Vaccination Hyderabad 1872-1889 - 1872-1889
Year: 1872
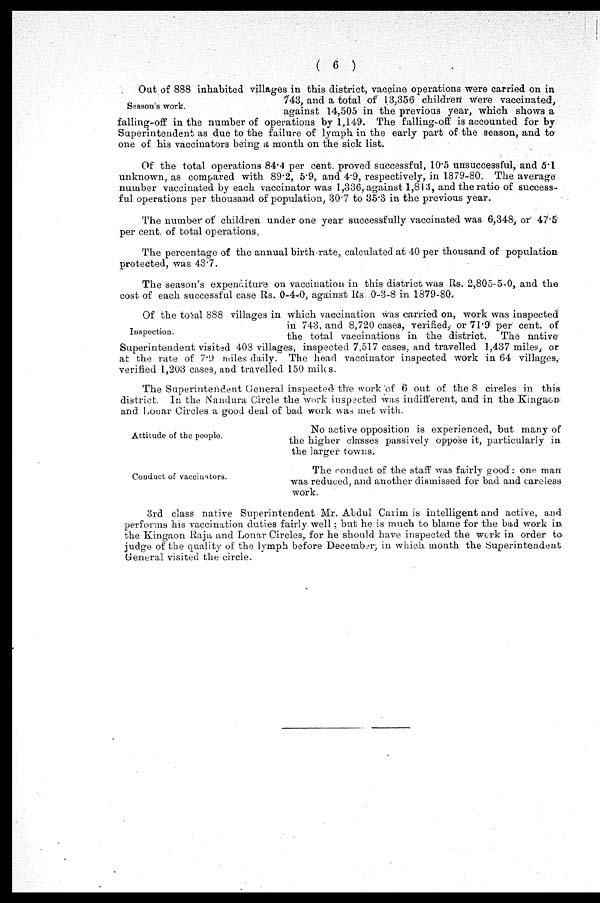
( 6 )
Season's work.
Out of 888 inhabited villages in this district, vaccine operations were carried on in
743, and a total of 13,356 children were vaccinated,
against 14,505 in the previous year, which shows a
falling-off in the number of operations by 1,149. The falling off is accounted for by
Superintendent as due to the failure of lymph in the early part of the season, and to
one of his vaccinators being a month on the sick list.
Of the total operations 84.4 per cent. proved successful, 10.5 unsuccessful, and 5.1
unknown, as compared with 89.2, 5.9, and 4.9, respectively, in 1879-80. The average
number vaccinated by each vaccinator was 1,336, against 1,813, and the ratio of success-
ful operations per thousand of population, 30.7 to 35.3 in the previous year.
The number of children under one year successfully vaccinated was 6,348, or 47.5
per cent. of total operations.
The percentage of the annual birth-rate, calculated at 40 per thousand of population
protected, was 43.7.
The season's expenditure on vaccination in this district was Rs. 2,805-5-0, and the
cost of each successful case Rs. 0-4-0, against Rs. 0-3-8 in 1879-80.
Inspection.
Of the total 888 villages in which vaccination was carried on, work was inspected
in 743, and 8,720 cases, verified, or 71.9 per cent. of
the total vaccinations in the district. The native
Superintendent visited 408 villages, inspected 7,517 cases, and travelled 1,437 miles, or
at the rate of 7.9 miles daily. The head vaccinator inspected work in 64 villages,
verified 1,203 cases, and travelled 150 miles.
The Superintendent General inspected the work of 6 out of the 8 circles in this
district. In the Nandura Circle the work inspected was indifferent, and in the Kingaon
and Lonar Circles a good deal of bad work was met with.
Attitude of the people.
No active opposition is experienced, but many of
the higher classes passively oppose it, particularly in
the larger towns.
Conduct of vaccinators.
The conduct of the staff was fairly good : one man
was reduced, and another dismissed for bad and careless
work.
3rd class native Superintendent Mr. Abdul Carim is intelligent and active, and
performs his vaccination duties fairly well; but he is much to blame for the bad work in
the Kingaon Raja and Lonar Circles, for he should have inspected the work in order to
judge of the quality of the lymph before December, in which month the Superintendent
General visited the circle.